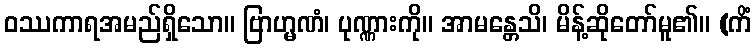
ဝဿကာရအမည်ရှိသော။ ဗြာဟ္မဏံ၊ ပုဏ္ဏားကို။ အာမန္တေသိ၊ မိန့်ဆိုတော်မူ၏။ (ကိံ